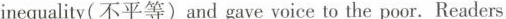
inequality(不平等)and gave voice to the poor. Readers